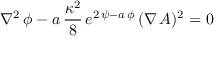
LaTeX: \nabla ^ { 2 } \, \phi - a \, { \frac { \kappa ^ { 2 } } { 8 } } \, e ^ { 2 \, \psi - a \, \phi } \, ( \nabla \, A ) ^ { 2 } = 0